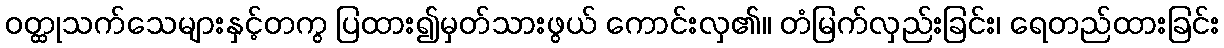
ဝတ္ထုသက်သေများနှင့်တကွ ပြထား၍မှတ်သားဖွယ် ကောင်းလှ၏။ တံမြက်လှည်းခြင်း၊ ရေတည်ထားခြင်း